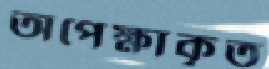
অপেক্ষাকৃত